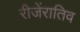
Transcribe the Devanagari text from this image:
रीजेंरातिव